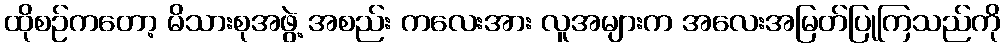
ထိုစဉ်ကတော့ မိသားစုအဖွဲ့ အစည်း ကလေးအား လူအများက အလေးအမြတ်ပြုကြသည်ကို